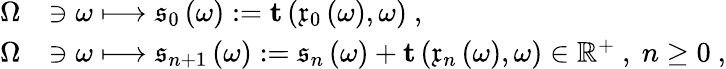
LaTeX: \begin{array}{rl}{\Omega}&{\ni\omega\longmapsto\mathfrak{s}_{0}\left(\omega\right):=\mathbf{t}\left(\mathfrak{x}_{0}\left(\omega\right),\omega\right)\ ,}\\ {\Omega}&{\ni\omega\longmapsto\mathfrak{s}_{n+1}\left(\omega\right):=\mathfrak{s}_{n}\left(\omega\right)+\mathbf{t}\left(\mathfrak{x}_{n}\left(\omega\right),\omega\right)\in\mathbb{R}^{+}\ ,\ n\geq 0\ ,}\end{array}